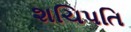
શચિપતિ